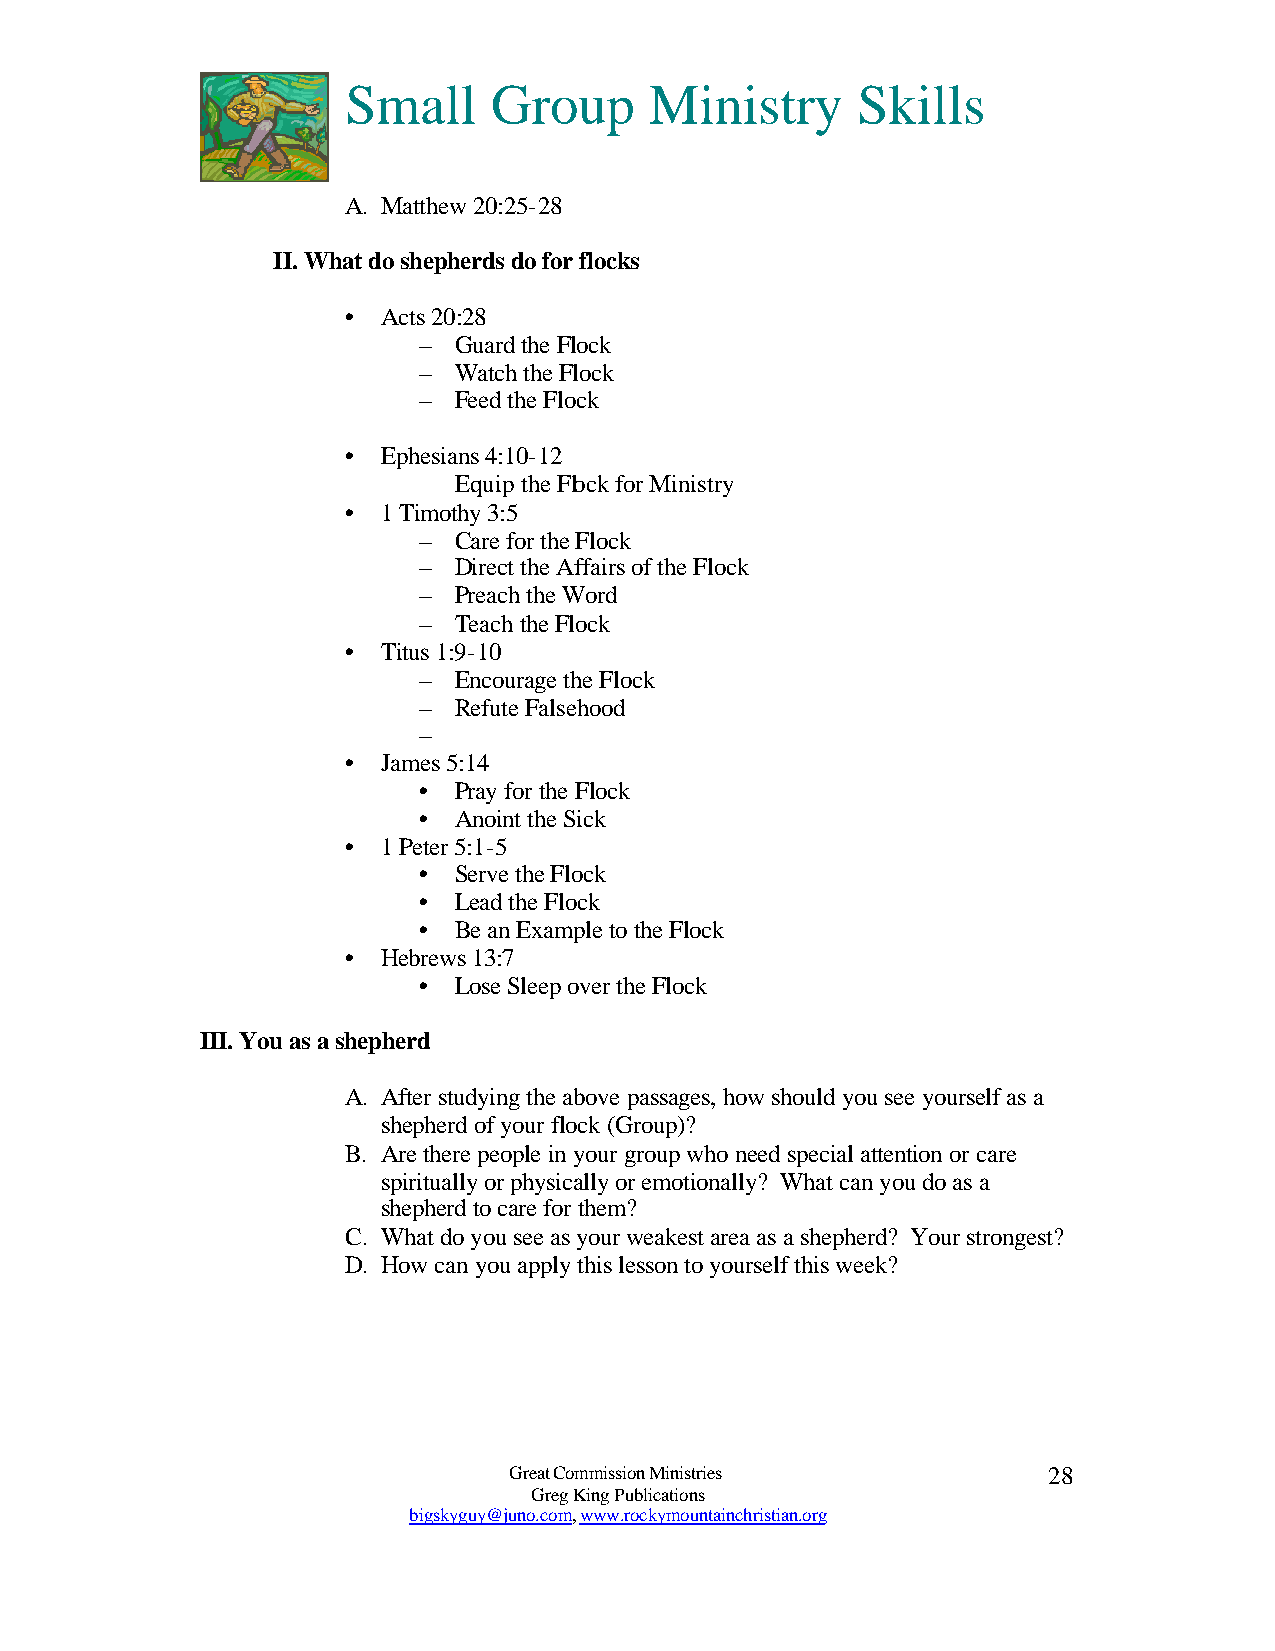
Small     Group     Ministry      Skills
 A. Matthew 20:25-28
 II. What do shepherds do for flocks
 • Acts 20:28
 – Guard the Flock
 – Watch the Flock
 – Feed the Flock
 • Ephesians 4:10-12
 Equip the Flock for Ministry
 • 1 Timothy 3:5
 – Care for the Flock
 – Direct the Affairs of the Flock
 – Preach the Word
 – Teach the Flock
 • Titus 1:9-10
 – Encourage the Flock
 – Refute Falsehood
 –
 • James 5:14
 • Pray for the Flock
 • Anoint the Sick
 • 1 Peter 5:1-5
 • Serve the Flock
 • Lead the Flock
 • Be an Example to the Flock
 • Hebrews 13:7
 • Lose Sleep over the Flock
 III. You as a shepherd
 A. After studying the above passages, how should you see yourself as a
 shepherd of your flock (Group)?
 B. Are there people in your group who need special attention or care
 spiritually or physically or emotionally? What can you do as a
 shepherd to care for them?
 C. What do you see as your weakest area as a shepherd? Your strongest?
 D. How can you apply this lesson to yourself this week?
 Great Commission Ministries        28
 Greg King Publications
 bigskyguy@juno.com, www.rockymountainchristian.org